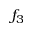
f _ { 3 }